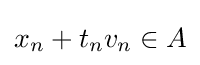
x_{n}+t_{n}v_{n}\in A